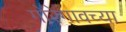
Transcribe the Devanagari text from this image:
गोरेगावच्या